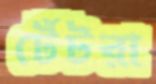
টেঁটরা